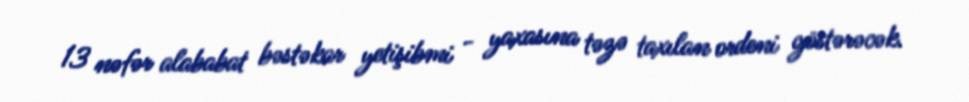
13 nəfər alababat bəstəkar yetişibmi - yaxasına təzə taxılan ordeni göstərəcək.